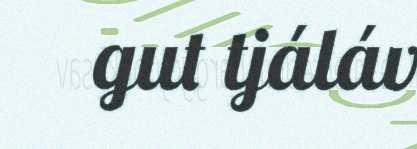
gut tjáláv